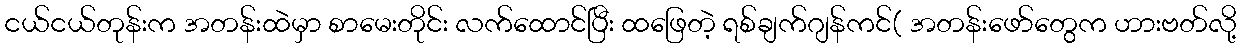
ငယ်ငယ်တုန်းက အတန်းထဲမှာ စာမေးတိုင်း လက်ထောင်ပြီး ထဖြေတဲ့ ရစ်ချက်ဂျန်ကင်( အတန်းဖော်တွေက ဟားဗတ်လို့